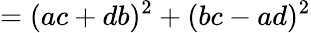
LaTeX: =(ac+db)^{2}+(bc-ad)^{2}